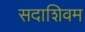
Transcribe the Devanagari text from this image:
सदाशिवम